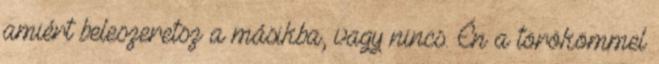
amiért beleszeretsz a másikba, vagy nincs. Én a törökömmel